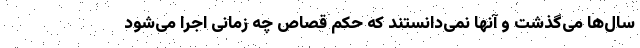
سال‌ها می‌گذشت و آنها نمی‌دانستند که حکم قصاص چه زمانی اجرا می‌شود